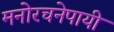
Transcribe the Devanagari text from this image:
मनोरचनेपायी